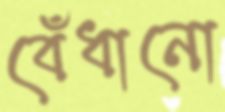
বেঁধানো